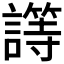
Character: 𰵈